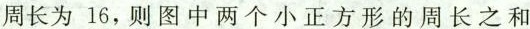
周长为16，则图中两个小正方形的周长之和